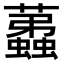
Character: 𧔏